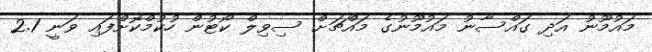
މައުމޫނު އަދި ގައްސާނު މައުމޫނުގެ މައްޗަށް ސިވިލް ކޯޓުން ހުކުމްކޮށްފައި ވަނީ 2.1